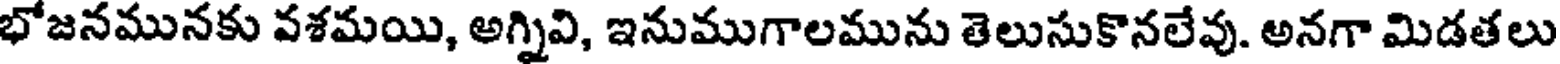
భోజనమునకు వశమయి, అగ్నివి, ఇనుముగాలమును తెలుసుకొనలేవు. అనగా మిడతలు